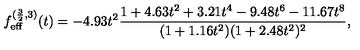
f _ { \mathrm { e f f } } ^ { ( \frac { 3 } { 2 } , 3 ) } ( t ) = - 4 . 9 3 t ^ { 2 } \frac { 1 + 4 . 6 3 t ^ { 2 } + 3 . 2 1 t ^ { 4 } - 9 . 4 8 t ^ { 6 } - 1 1 . 6 7 t ^ { 8 } } { ( 1 + 1 . 1 6 t ^ { 2 } ) ( 1 + 2 . 4 8 t ^ { 2 } ) ^ { 2 } } ,